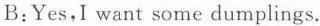
B:Yes,I want some dumplings.